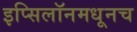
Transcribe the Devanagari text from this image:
इप्सिलॉनमधूनच